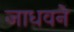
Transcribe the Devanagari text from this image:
जाधवने